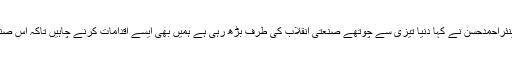
ٹیوٹا بورڈ کے سابق چیئرمین انجینئراحمدحسن نے کہا دنیا تیزی سے چوتھے صنعتی انقلاب کی طرف بڑھ رہی ہے ہمیں بھی ایسے اقدامات کرنے چاہیں تاکہ اس صنعتی دوڑ میں پیچھے نہ رہ جائیں۔